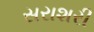
સરાશરી